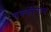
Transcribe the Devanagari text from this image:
चक्कीनाम